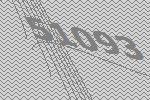
51093